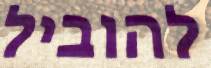
להוביל